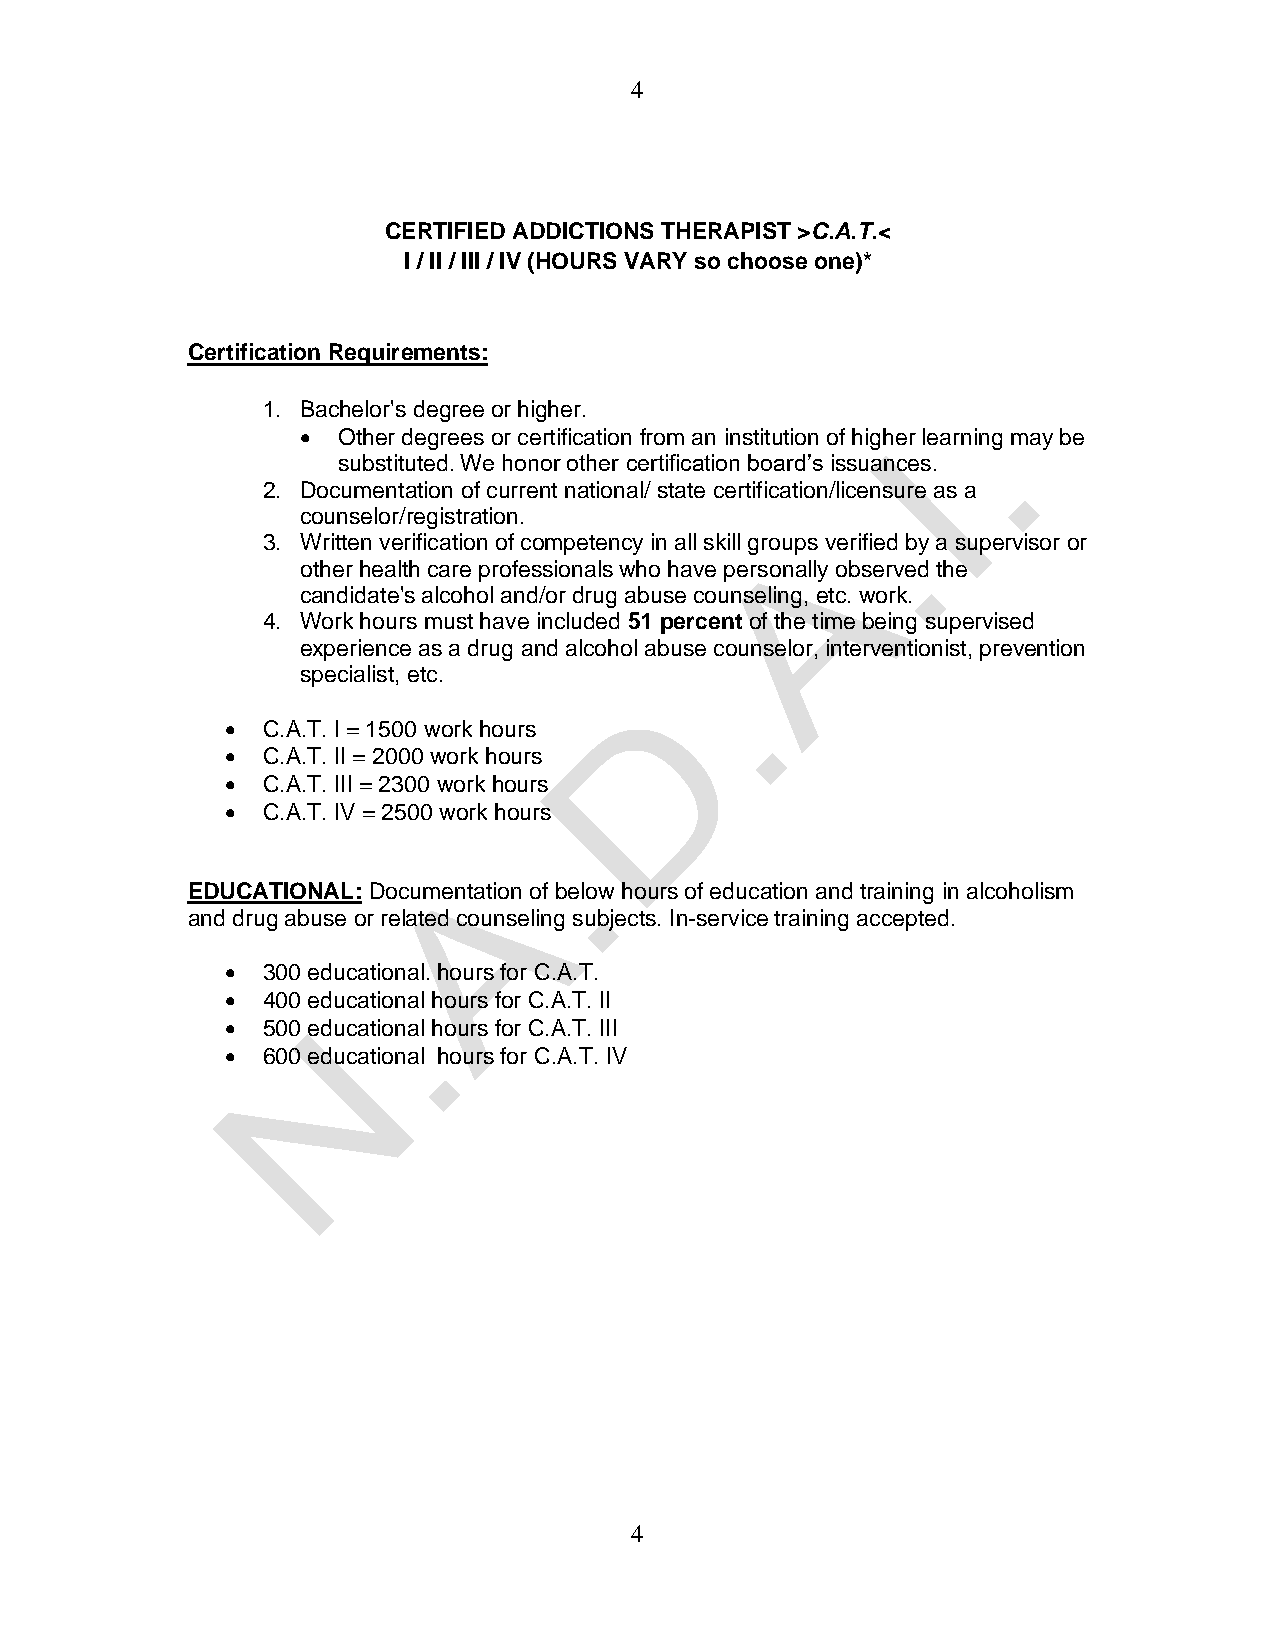
4
 CERTIFIED ADDICTIONS THERAPIST >C.A.T.<
 I / II / III / IV (HOURS VARY so choose one)*
 Certification Requirements:
 1. Bachelor's degree or higher.
 • Other degrees or certification from an institution of higher learning may be
 substituted. We honor other certification board’s issuances.
 2. Documentation of current national/ state certification/licensure as a
 counselor/registration.
 3. Written verification of competency in all skill groups verified by a supervisor or
 other health care professionals who have personally observed the
 candidate's alcohol and/or drug abuse counseling, etc. work.
 4. Work hours must have included 51 percent of the time being supervised
 experience as a drug and alcohol abuse counselor, interventionist, prevention
 specialist, etc.
 • C.A.T. I = 1500 work hours
 • C.A.T. II = 2000 work hours
 • C.A.T. III = 2300 work hours
 • C.A.T. IV = 2500 work hours
 EDUCATIONAL: Documentation of below hours of education and training in alcoholism
 and drug abuse or related counseling subjects. In-service training accepted.
 • 300 educational. hours for C.A.T.
 • 400 educational hours for C.A.T. II
 • 500 educational hours for C.A.T. III
 • 600 educational hours for C.A.T. IV
 4